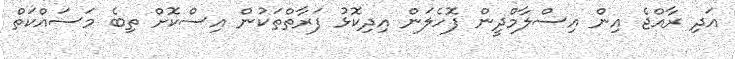
އަދި ރާއްޖެ އިން އިސްލާމްދީން ފޮހެލަން އިދިކޮޅު ފަރާތްތަކުން އިސްކޮށް ތިބެ މަސައްކަތް